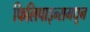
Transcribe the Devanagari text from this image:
फिलिपाइन्समधून